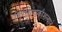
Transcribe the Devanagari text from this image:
निरीक्षणकौशल्याने